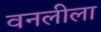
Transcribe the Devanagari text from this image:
वनलीला